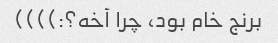
برنج خام بود، چرا آخه؟:))))